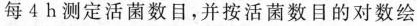
每4h测定活菌数目，并按活菌数目的对数绘